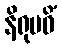
နိရုပဓိံ